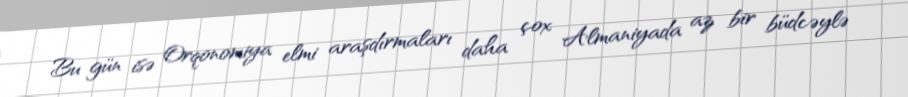
Bu gün isə Orqonomiya elmi araşdırmaları daha çox Almaniyada az bir büdcəylə